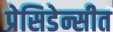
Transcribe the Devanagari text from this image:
प्रेसिडेन्सीत